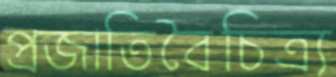
প্রজাতিবৈচিত্র্য